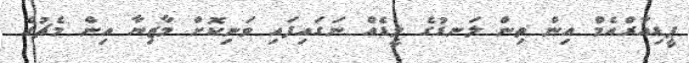
ޕީޑިއާރްއެމް އިން ތިން ލަނޑުގެ ލީޑެއް ނަގައިފައި ވަނިކޮށް މާޒިޔާ އިން މެޗުގެ